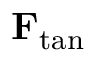
\mathbf { F } _ { \mathrm { t a n } }